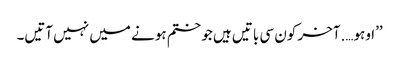
’’اوہو….آخر کون سی باتیں ہیں جو ختم ہونے میں نہیں آتیں۔